Leaving Certificate Examination (including Day School Certificate (Higher) General paper), 1938
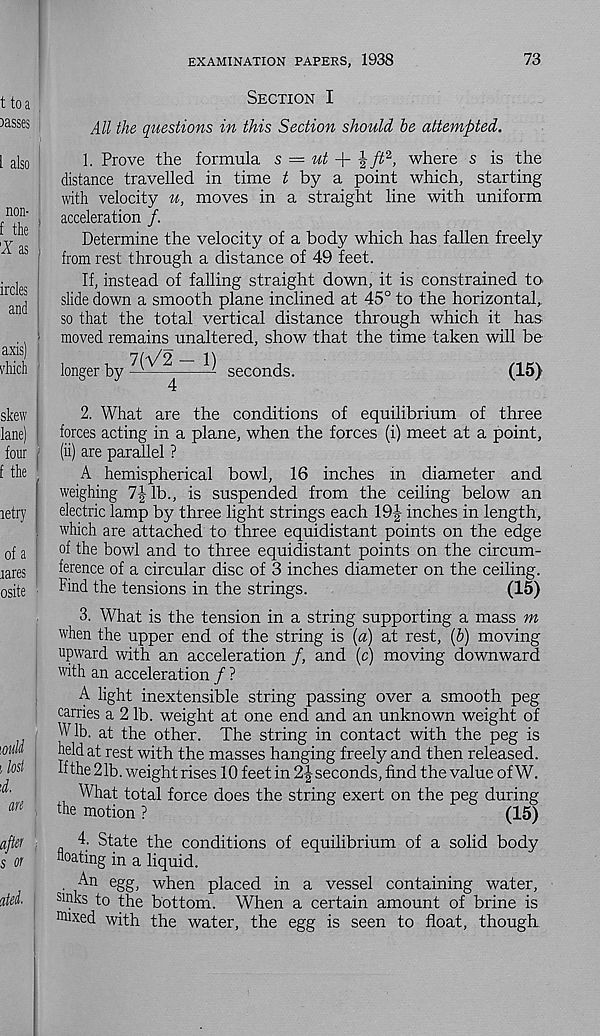
73
EXAMINATION PAPERS, 1938
Section I
All the questions in this Section should be attempted.
I
(
1. Prove the formula s = ut
^ft 2 , where s is the
distance travelled in time t by a point which, starting
with velocity u, moves in a straight line with uniform
acceleration /.
Determine the velocity of a body which has fallen freely
from rest through a distance of 49 feet.
If, instead of falling straight down, it is constrained to
slide down a smooth plane inclined at 45° to the horizontal,,
so that the total vertical distance through which it has
moved remains unaltered, show that the time taken will be
longer by
7(V2 - 1)
4
seconds.
(15)
2. What are the conditions of equilibrium of three
forces acting in a plane, when the forces (i) meet at a point,
(ii) are parallel ?
A hemispherical bowl, 16 inches in diameter and
weighing 7Jib., is suspended from the ceiling below an
electric lamp by three light strings each 19J inches in length,
which are attached to three equidistant points on the edge
of the bowl and to three equidistant points on the circum-
ference of a circular disc of 3 inches diameter on the ceiling.
Find the tensions in the strings.
(15)
3. What is the tension in a string supporting a mass m
when the upper end of the string is (a) at rest, (6) moving
upward with an acceleration /, and (c) moving downward
with an acceleration / ?
A light inextensible string passing over a smooth peg
carries a 2 lb. weight at one end and an unknown weight of
Wlb. at the other. The string in contact with the peg is
held at rest with the masses hanging freely and then released.
Hthe 21b. weight rises 10 feet in 2J seconds, find the value of W.
A'hat total force does the string exert on the peg during
the motion ?
(15)
4. State the conditions of equilibrium of a solid body
floating in a liquid.
. An egg, when placed in a vessel containing water,
S11 }ks to the bottom. When a certain amount of brine is
Mixed with the water, the egg is seen to float, though